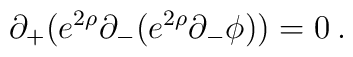
\partial_+(e^{2\rho}\partial_-(e^{2\rho}\partial_-\phi))=0\>.